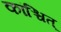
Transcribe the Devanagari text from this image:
कांश्चित्